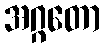
အဂ္ဂတော